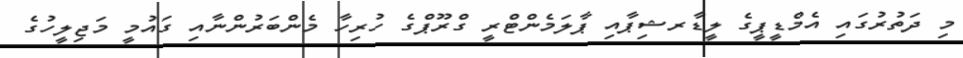
މި ދަތުރުގައި އެމްޑީޕީގެ ލީޑާރޝިޕާއި ޕާލަމެންޓްރީ ގްރޫޕްގެ ހުރިހާ މެންބަރުންނާއި ގައުމީ މަޖިލީހުގެ